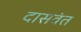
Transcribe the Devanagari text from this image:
दासवंत